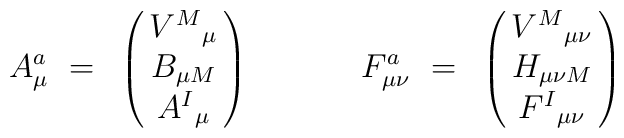
A^a_{\mu}~=~\pmatrix{V^M{}_{\mu} \cr                          B_{\mu M}\cr                          A^I{}_\mu \cr}{}~~~~~~~~~~F^a_{\mu\nu}~=~\pmatrix{   V^M{}_{\mu\nu} \cr                                H_{\mu\nu M} \cr                                F^I{}_{\mu\nu} \cr}